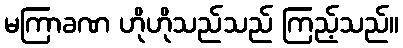
မကြာခဏ ဟိုဟိုသည်သည် ကြည့်သည်။